65_HS1-834228961_62-HQ-83894_Section_5
Agency: FBI
Page 48
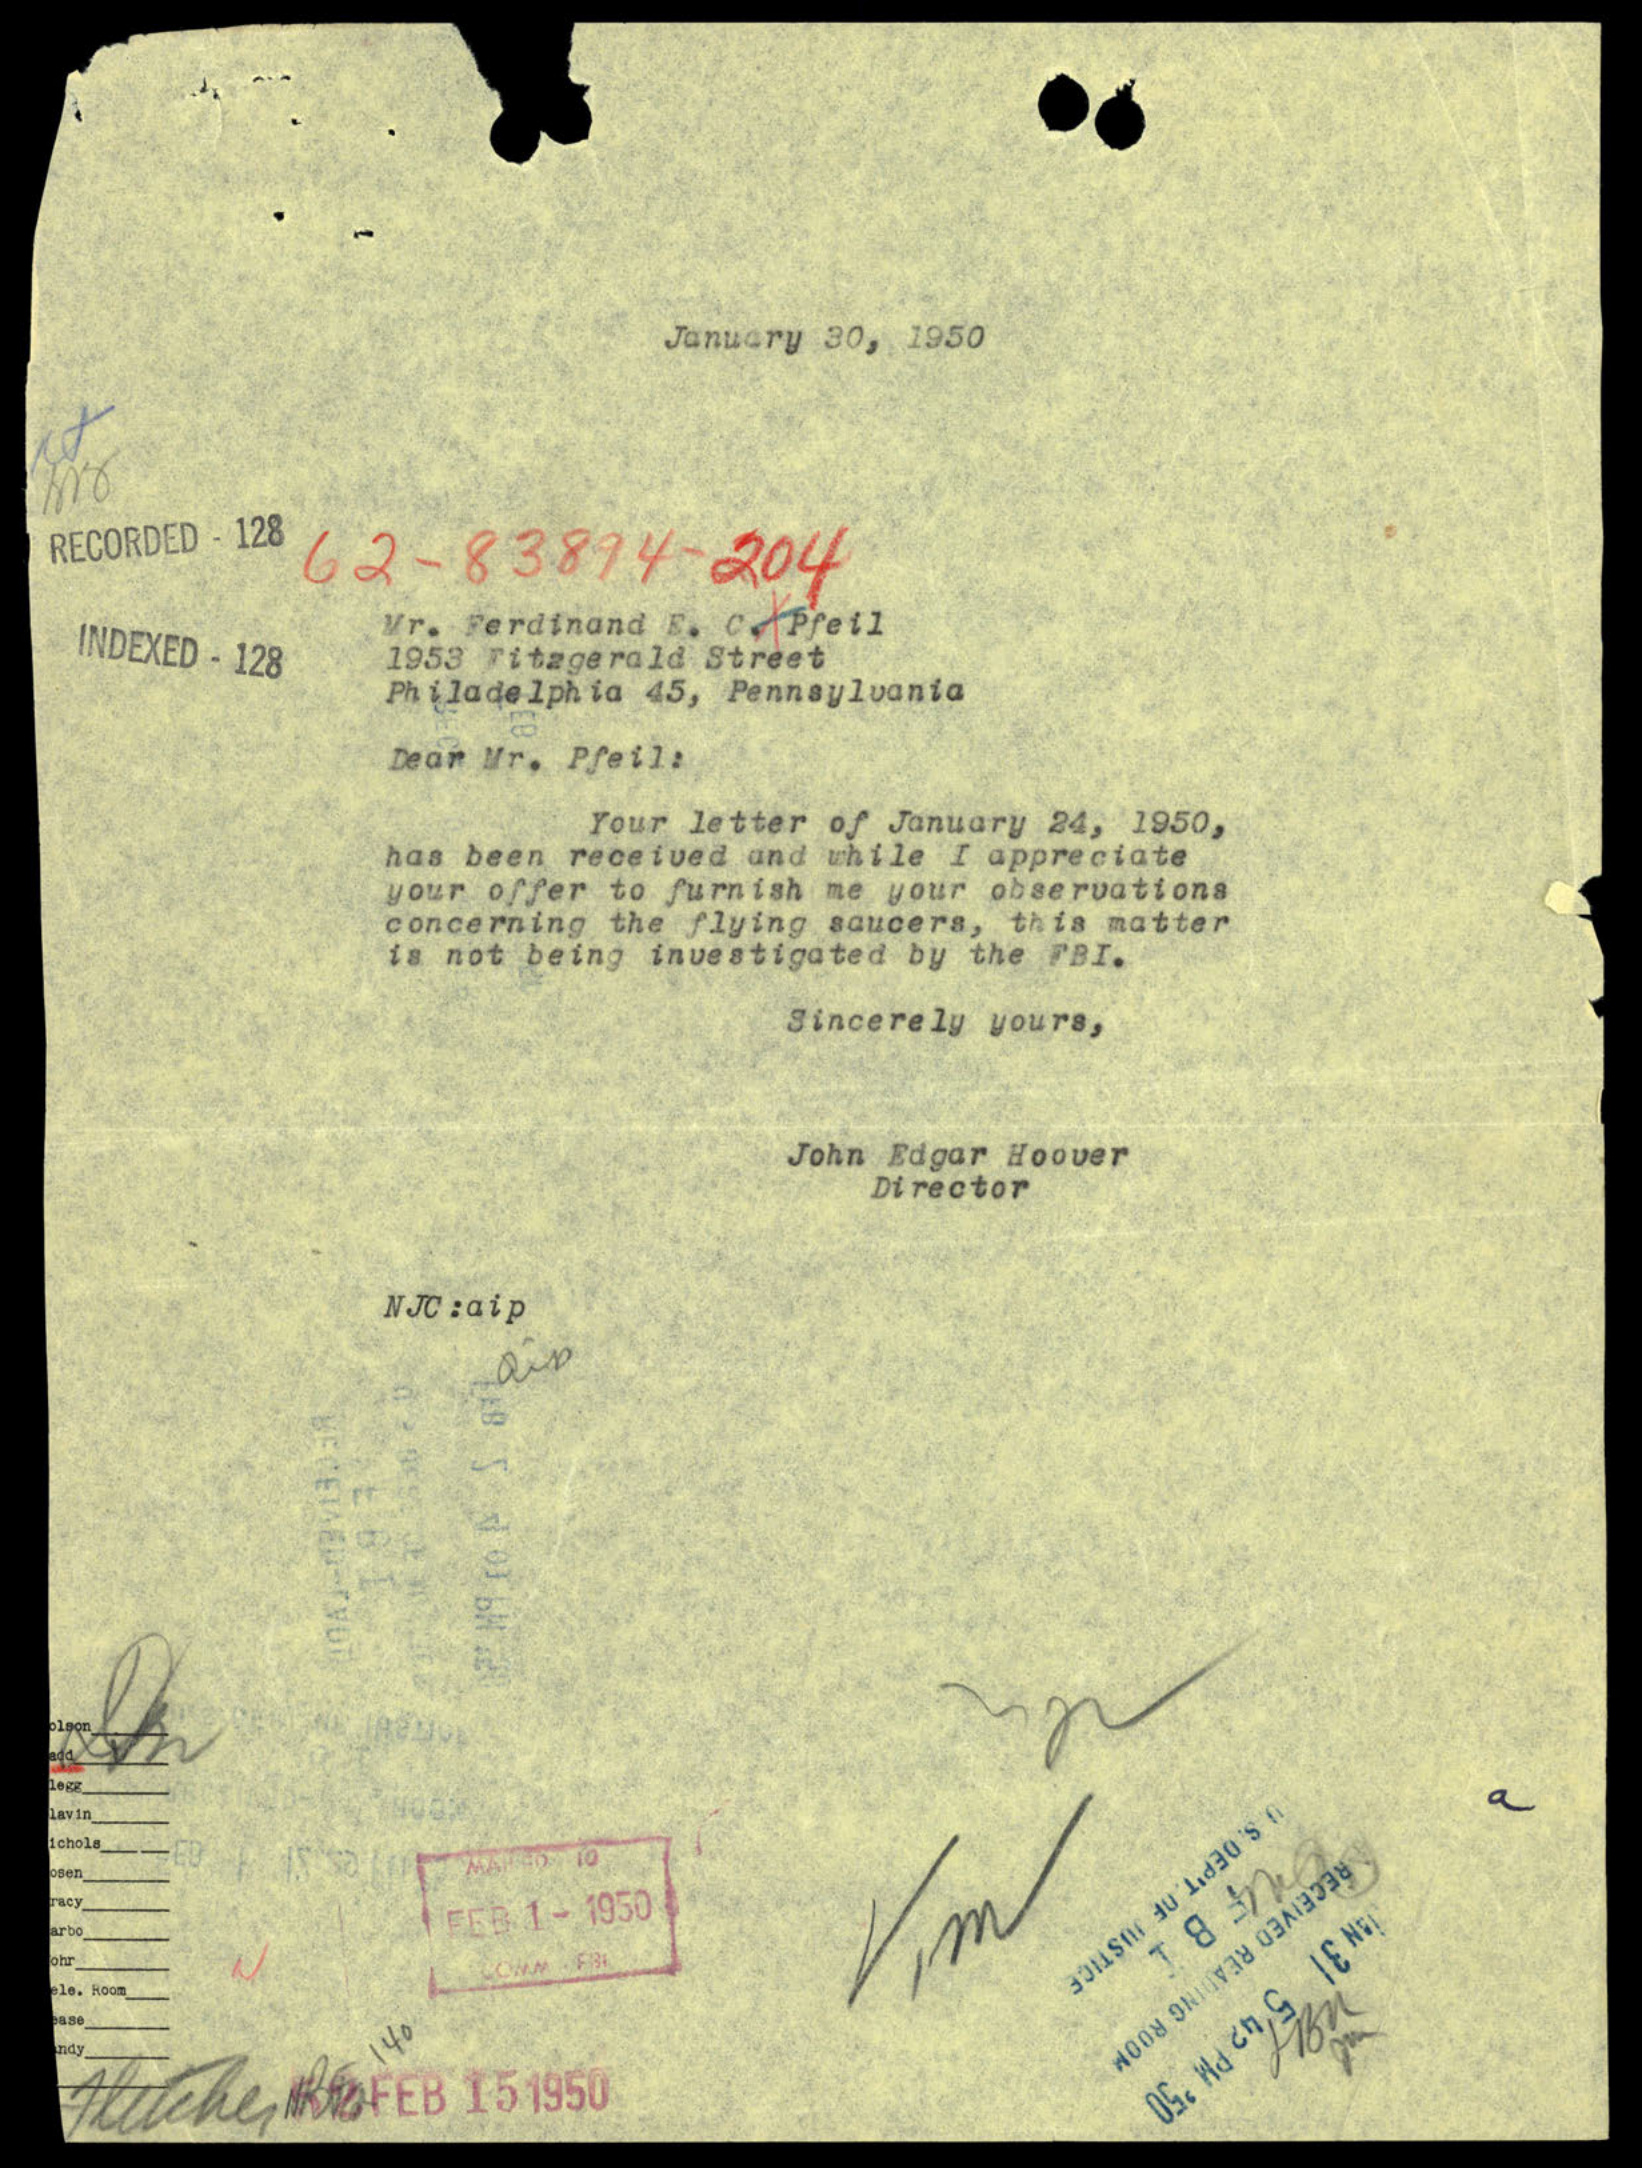